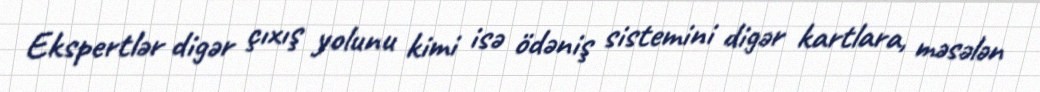
Ekspertlər digər çıxış yolunu kimi isə ödəniş sistemini digər kartlara, məsələn